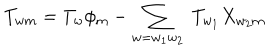
T _ { w m } = T _ { w } \phi _ { m } - \sum _ { w = w _ { 1 } w _ { 2 } } \; T _ { w _ { 1 } } X _ { w _ { 2 } m }